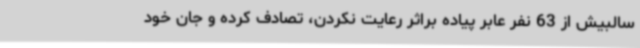
سالبیش از 63 نفر عابر پیاده براثر رعایت نکردن، تصادف کرده و جان خود